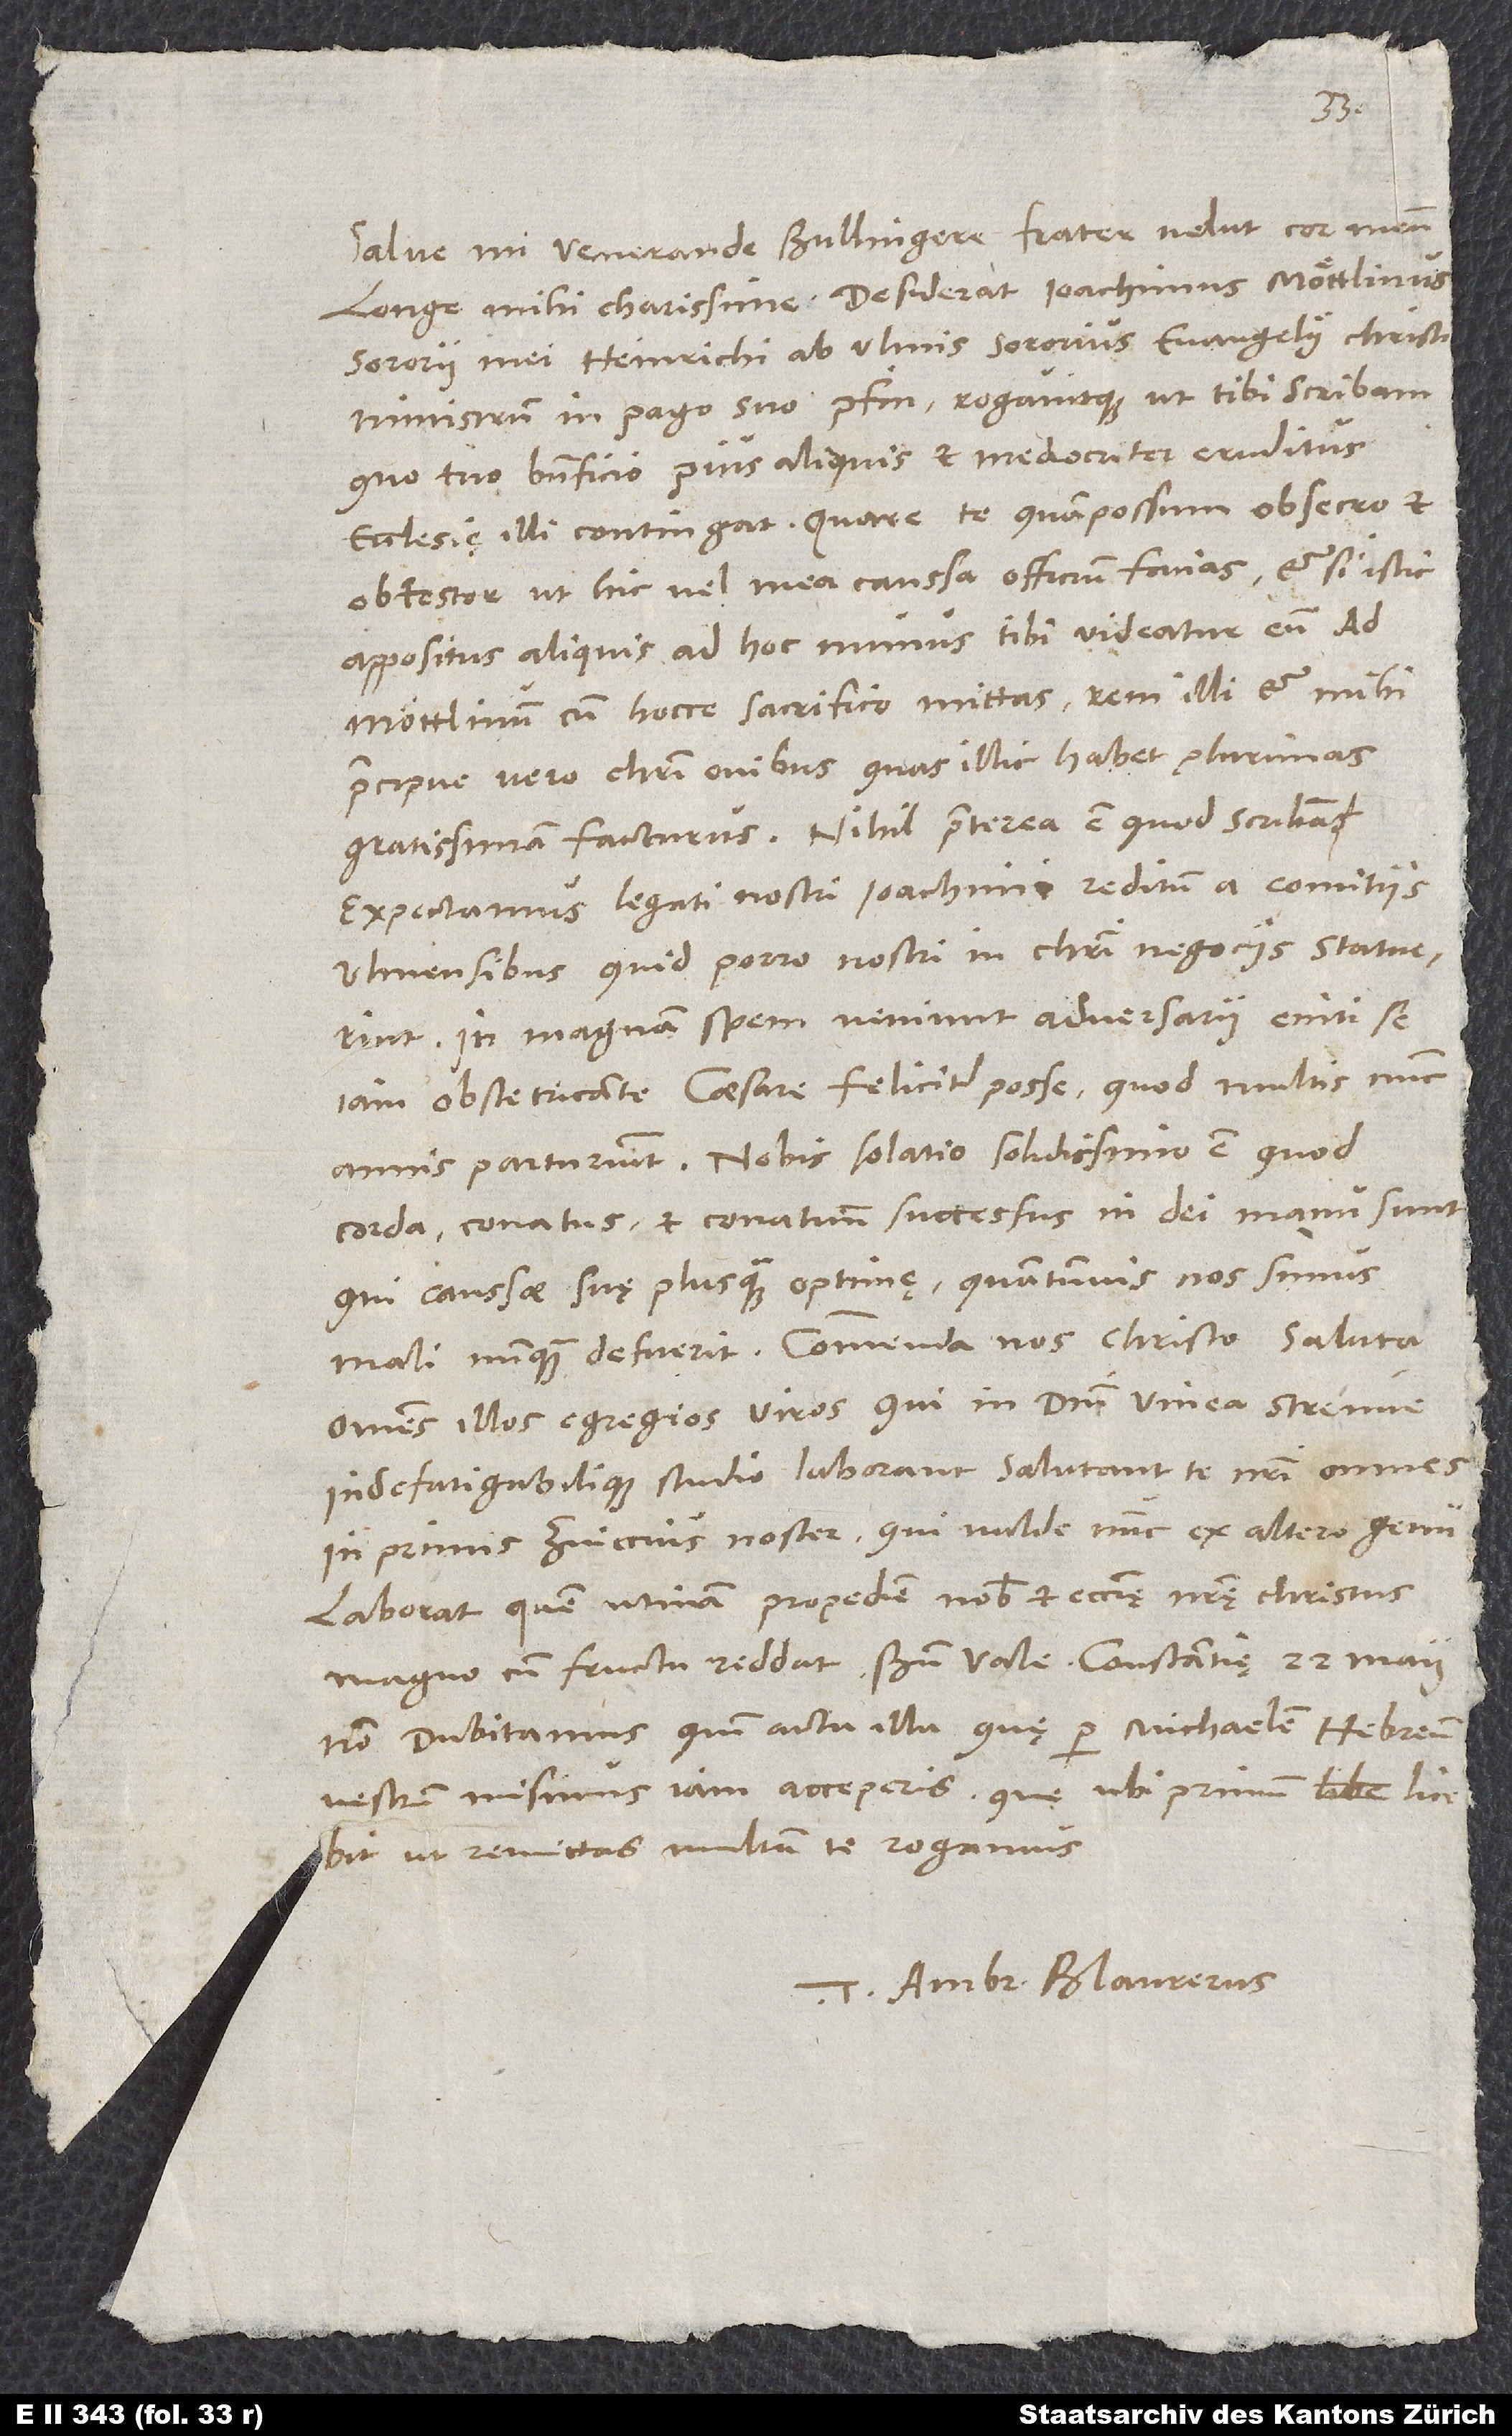
Salve, mi venerande Bullingere, frater velut cor meum
sororii mei Heinrichi ab Ulmis sororius, evangelii Christi
ministrum in pago suo Pfin rogavitque, ut tibi scribam,
quo tuo beneficio pius aliquis et mediocriter eruditus
obtestor, ut hic vel mea caussa officium facias et, si istic
appositus aliquis ad hoc munus tibi videatur, eum ad
Möttlinum cum hocce sacrifico mittas rem illi et mihi,
praecipue vero Christi ovibus, quas illic habet plurimas,
gratissimam facturus. Nihil praeterea est, quod scribam.
Expectamus legati nostri Ioachimi reditum a comitiis
Ulmensibus, quid porro nostri in Christi negociis statuerint.
In magnam spem veniunt adversarii eniti se
iam obstetricante caesare feliciter posse, quod multis nunc
annis parturiunt. Nobis solatio solidissimo est, quod
corda, conatus et conatuum successus in dei manu sunt,
qui caussae suę plusquam optimę, quantumvis nos simus
mali, nunquam defuerit. Commenda nos Christo.
omnes illos egregios viros, qui in domini vinea strenue
indefatigabilique studio laborant. Salutant te nostri omnes,
in primis Zviccius noster, qui valde nunc ex altero genu
laborat; quem utinam propediem nobis et ecclesię nostrę Christus
Non dubitamus, quin acta illa, quę per Michaelem, Hebreum
vestrum, misimus, iam acceperis; quę ubi primum licebit,
ut remittas, multum te rogamus.
Tuus Ambr. Blaurerus.